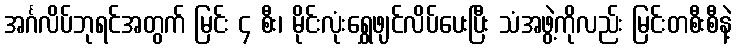
အင်္ဂလိပ်ဘုရင်အတွက် မြင်း ၄ စီး၊ မိုင်းလုံးရွှေဖျင်လိပ်ပေးပြီး သံအဖွဲ့ကိုလည်း မြင်းတစီးစီနဲ့